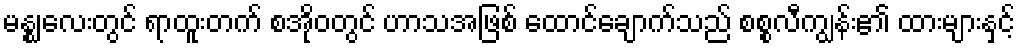
မန္ဈလေးတွင် ရာထူးတက် စအိုဝတွင် ဟာသအဖြစ် ထောင်ချောက်သည် စစ္စလီကျွန်း၏ ထားများနှင့်